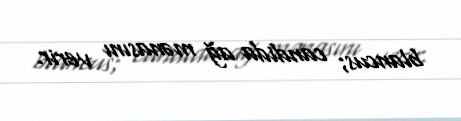
blancus; candida ağ mənasını verir.